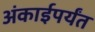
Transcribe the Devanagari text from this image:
अंकाईपर्यंत